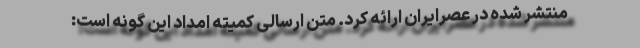
منتشر شده در عصرایران ارائه کرد. متن ارسالی کمیته امداد این گونه است: